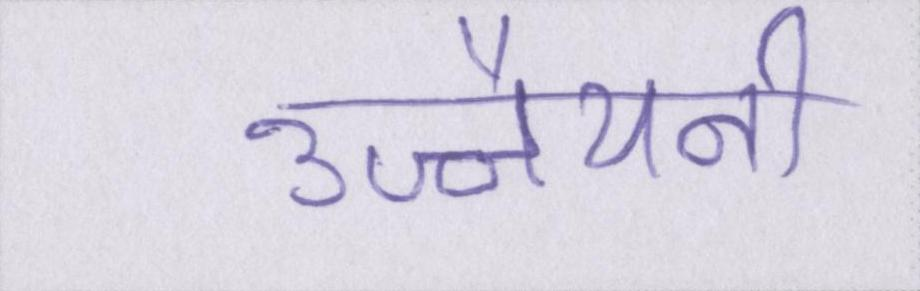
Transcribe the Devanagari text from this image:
उज्जैयनी